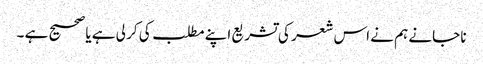
نا جانے ہم نے اس شعر کی تشریع اپنے مطلب کی کر لی ہے یا صحیح ہے ۔